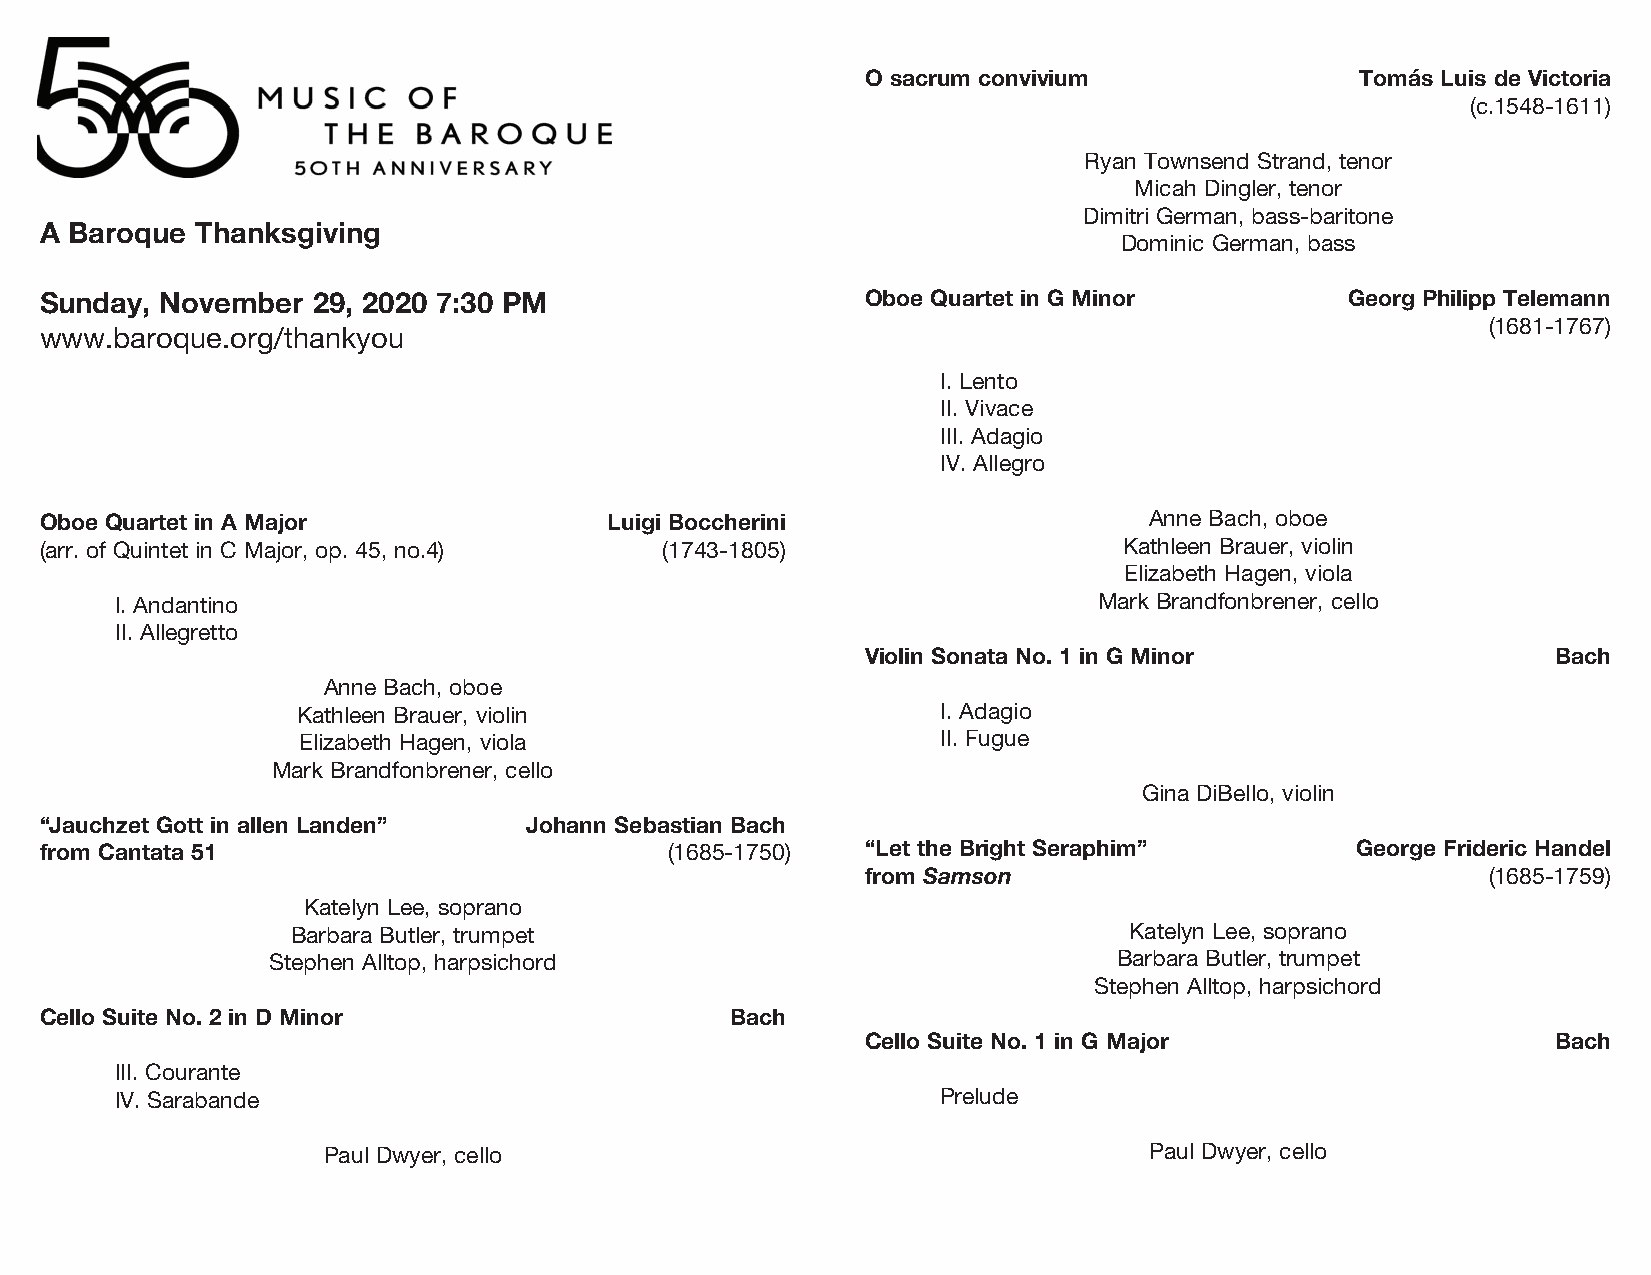
O sacrum convivium               Tomás Luis de Victoria
 (c.1548-1611)
 Ryan Townsend Strand, tenor
 Micah Dingler, tenor
 Dimitri German, bass-baritone
 A Baroque Thanksgiving
 Dominic German, bass
 Sunday, November  29, 2020 7:30 PM                    Oboe Quartet in G Minor         Georg Philipp Telemann
 (1681-1767)
 www.baroque.org/thankyou
 I. Lento
 II. Vivace
 III. Adagio
 IV. Allegro
 Oboe Quartet in A Major              Luigi Boccherini                    Anne Bach, oboe
 (arr. of Quintet in C Major, op. 45, no.4) (1743-1805)                 Kathleen Brauer, violin
 Elizabeth Hagen, viola
 I. Andantino                                                     Mark Brandfonbrener, cello
 II. Allegretto
 Violin Sonata No. 1 in G Minor                Bach
 Anne Bach, oboe
 Kathleen Brauer, violin                   I. Adagio
 Elizabeth Hagen, viola                    II. Fugue
 Mark Brandfonbrener, cello
 Gina DiBello, violin
 “Jauchzet Gott in allen Landen” Johann Sebastian Bach
 from Cantata 51                          (1685-1750)  “Let the Bright Seraphim”        George Frideric Handel
 from Samson                              (1685-1759)
 Katelyn Lee, soprano
 Barbara Butler, trumpet                                 Katelyn Lee, soprano
 Stephen Alltop, harpsichord                             Barbara Butler, trumpet
 Stephen Alltop, harpsichord
 Cello Suite No. 2 in D Minor                 Bach
 Cello Suite No. 1 in G Major                  Bach
 III. Courante
 IV. Sarabande                                         Prelude
 Paul Dwyer, cello                                      Paul Dwyer, cello